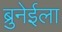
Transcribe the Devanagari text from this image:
ब्रुनेईला